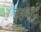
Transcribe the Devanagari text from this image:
इहवाद